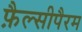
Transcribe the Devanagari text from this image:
फ़ैल्सीपैरम